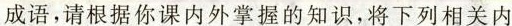
成语，请根据你课内外掌握的知识，将下列相关内